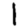
Digit: 1